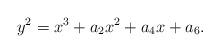
LaTeX: \begin{align*}y^2 = x^3 + a_2x^2+ a_4 x + a_6. \end{align*}